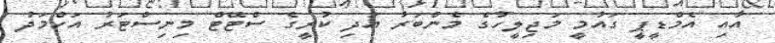
އާއި އެމްޑީޕީ ގައުމީ މަޖިލީހުގެ މެންބަރު އަދި ކުރީގެ ސްޓޭޓް މިނިސްޓަރު އަހްމަދު